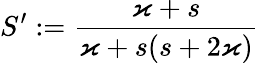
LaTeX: S^{\prime}:=\frac{\varkappa+s}{\varkappa+s(s+2\varkappa)}